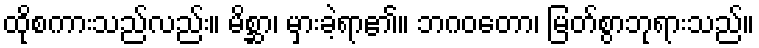
ထိုစကားသည်လည်း။ မိစ္ဆာ၊ မှားခဲ့ရာ၏။ ဘဂဝတော၊ မြတ်စွာဘုရားသည်။